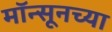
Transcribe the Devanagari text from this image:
मॉन्सूनच्या